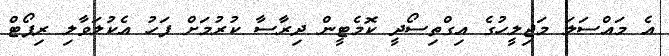
އެ މައްސަލަ މަޖިލީހުގެ އިގްތިސޯދީ ކޮމެޓީން ދިރާސާ ކުުރުމަށް ފަހު އެކުލަވާލި ރިޕޯޓް